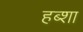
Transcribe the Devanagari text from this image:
हब्शा